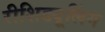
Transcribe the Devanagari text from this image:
रीशिड्यूलिंग